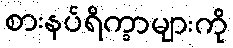
စားနပ်ရိက္ခာများကို